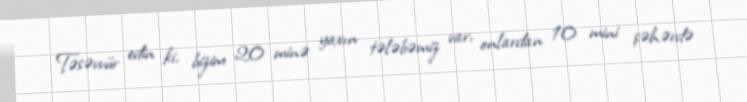
Təsəvvür edin ki, bizim 20 minə yaxın tələbəmiz var, onlardan 10 mini şəhərdə